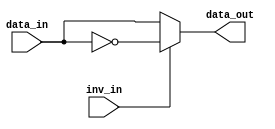
// : 5CEFA7F31C7N

// 
//
// data_in: 6
// inv_in:  0 - 
//          1 - ()
// data_out: 6
module w_gen6(input [5:0]  data_in,
	     input 	  inv_in,
	     output [5:0] data_out);
   assign data_out = inv_in ? ~data_in : data_in;
endmodule

// 6 x 16 
//  10 
module add6_16(input [5:0]  data0x,
	       input [5:0]  data1x,
	       input [5:0]  data2x,
	       input [5:0]  data3x,
	       input [5:0]  data4x,
	       input [5:0]  data5x,
	       input [5:0]  data6x,
	       input [5:0]  data7x,
	       input [5:0]  data8x,
	       input [5:0]  data9x,
	       input [5:0]  data10x,
	       input [5:0]  data11x,
	       input [5:0]  data12x,
	       input [5:0]  data13x,
	       input [5:0]  data14x,
	       input [5:0]  data15x,
	       output [9:0] result);

   wire [9:0] in0 = {{4{data0x[8] }}, data0x};
   wire [9:0] in1 = {{4{data1x[8] }}, data1x};
   wire [9:0] in2 = {{4{data2x[8] }}, data2x};
   wire [9:0] in3 = {{4{data3x[8] }}, data3x};
   wire [9:0] in4 = {{4{data4x[8] }}, data4x};
   wire [9:0] in5 = {{4{data5x[8] }}, data5x};
   wire [9:0] in6 = {{4{data6x[8] }}, data6x};
   wire [9:0] in7 = {{4{data7x[8] }}, data7x};
   wire [9:0] in8 = {{4{data8x[8] }}, data8x};
   wire [9:0] in9 = {{4{data9x[8] }}, data9x};
   wire [9:0] in10 = {{4{data10x[8] }}, data10x};
   wire [9:0] in11 = {{4{data11x[8] }}, data11x};
   wire [9:0] in12 = {{4{data12x[8] }}, data12x};
   wire [9:0] in13 = {{4{data13x[8] }}, data13x};
   wire [9:0] in14 = {{4{data14x[8] }}, data14x};
   wire [9:0] in15 = {{4{data15x[8] }}, data15x};

   assign result = in0 + in1 + in2 + in3 + in4 + in5 + in6 + in7 +
		   in8 + in9 + in10 + in11 + in12 + in13 + in14 + in15;

endmodule // add9_32

// affine3 1
// dataX_in: X
// invX_in:  X
// data_out: 
module affine3_op1(input [5:0]   data0_in,
		   input 	 inv0_in,
		   input [5:0] 	 data1_in,
		   input 	 inv1_in,
		   input [5:0] 	 data2_in,
		   input 	 inv2_in,
		   input [5:0] 	 data3_in,
		   input 	 inv3_in,
		   input [5:0] 	 data4_in,
		   input 	 inv4_in,
		   input [5:0] 	 data5_in,
		   input 	 inv5_in,
		   input [5:0] 	 data6_in,
		   input 	 inv6_in,
		   input [5:0] 	 data7_in,
		   input 	 inv7_in,
		   input [5:0] 	 data8_in,
		   input 	 inv8_in,
		   input [5:0] 	 data9_in,
		   input 	 inv9_in,
		   input [5:0] 	 data10_in,
		   input 	 inv10_in,
		   input [5:0] 	 data11_in,
		   input 	 inv11_in,
		   input [5:0] 	 data12_in,
		   input 	 inv12_in,
		   input [5:0] 	 data13_in,
		   input 	 inv13_in,
		   input [5:0] 	 data14_in,
		   input 	 inv14_in,
		   input [5:0] 	 data15_in,
		   input 	 inv15_in,
		   output [9:0] data_out);

   wire [5:0] 		 tmp_in0;
   wire [5:0] 		 tmp_in1;
   wire [5:0] 		 tmp_in2;
   wire [5:0] 		 tmp_in3;
   wire [5:0] 		 tmp_in4;
   wire [5:0] 		 tmp_in5;
   wire [5:0] 		 tmp_in6;
   wire [5:0] 		 tmp_in7;
   wire [5:0] 		 tmp_in8;
   wire [5:0] 		 tmp_in9;
   wire [5:0] 		 tmp_in10;
   wire [5:0] 		 tmp_in11;
   wire [5:0] 		 tmp_in12;
   wire [5:0] 		 tmp_in13;
   wire [5:0] 		 tmp_in14;
   wire [5:0] 		 tmp_in15;
   wire [9:0] 		 tmp_out;

   w_gen6 w0(.data_in(data0_in), .inv_in(inv0_in), .data_out(tmp_in0));
   w_gen6 w1(.data_in(data1_in), .inv_in(inv1_in), .data_out(tmp_in1));
   w_gen6 w2(.data_in(data2_in), .inv_in(inv2_in), .data_out(tmp_in2));
   w_gen6 w3(.data_in(data3_in), .inv_in(inv3_in), .data_out(tmp_in3));
   w_gen6 w4(.data_in(data4_in), .inv_in(inv4_in), .data_out(tmp_in4));
   w_gen6 w5(.data_in(data5_in), .inv_in(inv5_in), .data_out(tmp_in5));
   w_gen6 w6(.data_in(data6_in), .inv_in(inv6_in), .data_out(tmp_in6));
   w_gen6 w7(.data_in(data7_in), .inv_in(inv7_in), .data_out(tmp_in7));
   w_gen6 w8(.data_in(data8_in), .inv_in(inv8_in), .data_out(tmp_in8));
   w_gen6 w9(.data_in(data9_in), .inv_in(inv9_in), .data_out(tmp_in9));
   w_gen6 w10(.data_in(data10_in), .inv_in(inv10_in), .data_out(tmp_in10));
   w_gen6 w11(.data_in(data11_in), .inv_in(inv11_in), .data_out(tmp_in11));
   w_gen6 w12(.data_in(data12_in), .inv_in(inv12_in), .data_out(tmp_in12));
   w_gen6 w13(.data_in(data13_in), .inv_in(inv13_in), .data_out(tmp_in13));
   w_gen6 w14(.data_in(data14_in), .inv_in(inv14_in), .data_out(tmp_in14));
   w_gen6 w15(.data_in(data15_in), .inv_in(inv15_in), .data_out(tmp_in15));

   add6_16 add1(.data0x(tmp_in0),
		.data1x(tmp_in1),
		.data2x(tmp_in2),
		.data3x(tmp_in3),
		.data4x(tmp_in4),
		.data5x(tmp_in5),
		.data6x(tmp_in6),
		.data7x(tmp_in7),
		.data8x(tmp_in8),
		.data9x(tmp_in9),
		.data10x(tmp_in10),
		.data11x(tmp_in11),
		.data12x(tmp_in12),
		.data13x(tmp_in13),
		.data14x(tmp_in14),
		.data15x(tmp_in15),
		.result(tmp_out));

   assign data_out = tmp_out;

endmodule